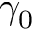
\gamma _ { 0 }